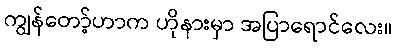
ကျွန်တော့်ဟာက ဟိုနားမှာ အပြာရောင်လေး။